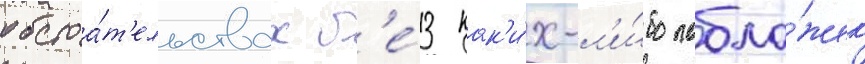
обстоа́т'ельствах б'е́з как'и́х-л'и́бо побла́жек